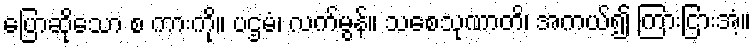
ပြောဆိုသော စ ကားကို။ ပဌမံ၊ လက်မွန်။ သစေသုဏာတိ၊ အကယ်၍ ကြားငြားအံ့။